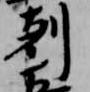
剋